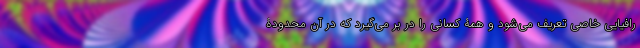
رافیایی خاصی تعریف می‌شود و همۀ کسانی را در بر می‌گیرد که در آن محدودۀ